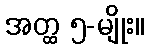
အတ္ထ ၅-မျိုး။